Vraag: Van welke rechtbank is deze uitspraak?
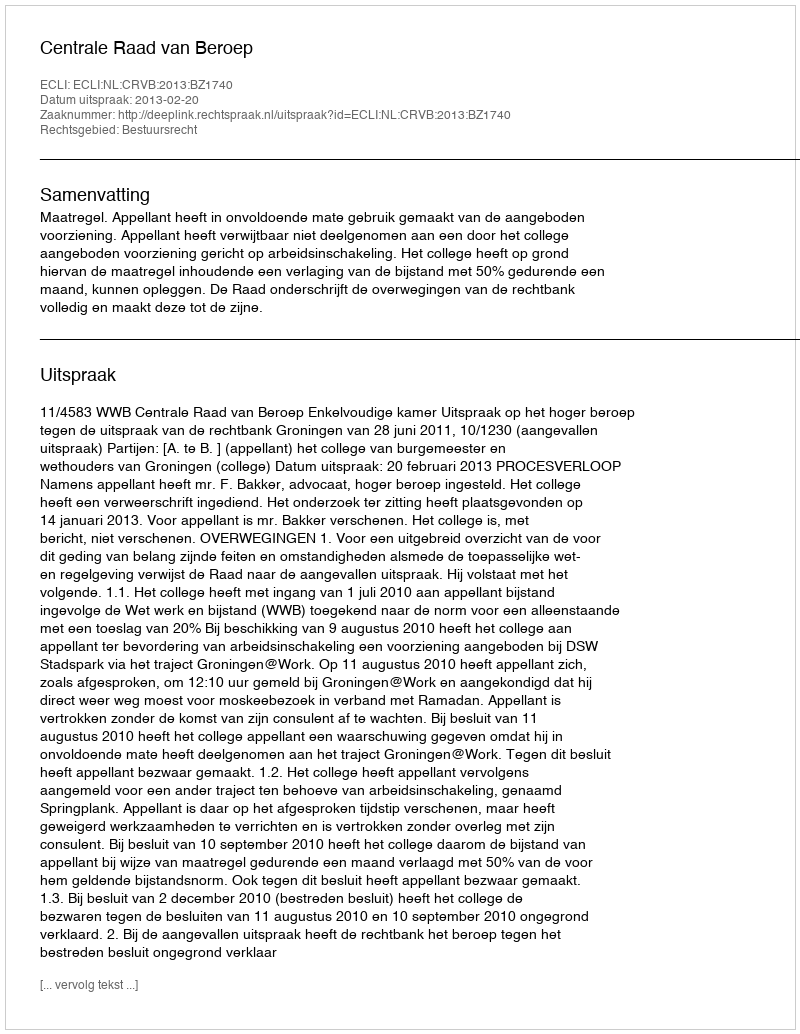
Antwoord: Centrale Raad van Beroep